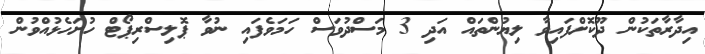
އިދާރާތަކުން ދޫކޮށްފައިވާ ލިޔުންތައް އަދި 3 މަސްދުވަސް ހަމަވެފައި ނުވާ ޕޮލިސްރިޕޯޓް ހުށަހެޅުއްވުން